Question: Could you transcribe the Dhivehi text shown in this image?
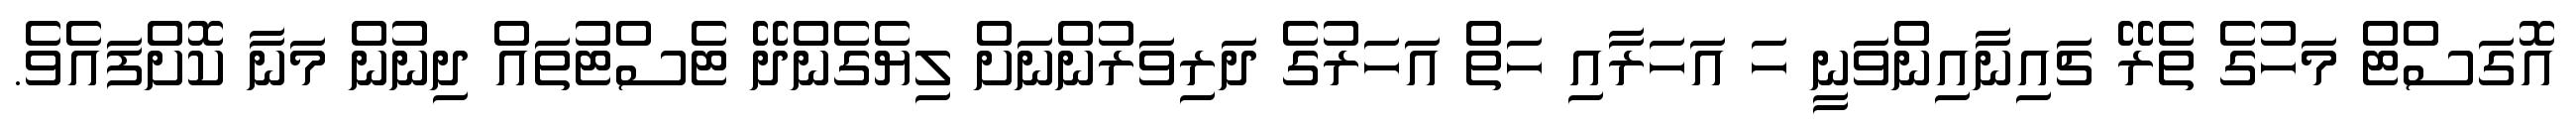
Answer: އޮގަސްޓް މަހުގެ ތެރޭ ޗައިނާއިންވަނީ ހަ އަހަރާއި ހަތް އަހަރުގެ ދަރިވަރުންނަށް ލިޔެގެންދޭ ޓެސްޓުތައް ދިނުން މަނާ ކޮށްފައެވެ.